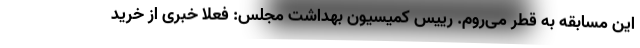
این مسابقه به قطر می‌روم. رییس کمیسیون بهداشت مجلس: فعلا خبری از خرید